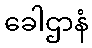
ခေါဌာနံ